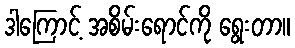
ဒါကြောင့် အစိမ်းရောင်ကို ရွေးတာ။